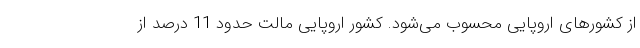
از کشورهای اروپایی محسوب می‌شود. کشور اروپایی مالت حدود 11 درصد از